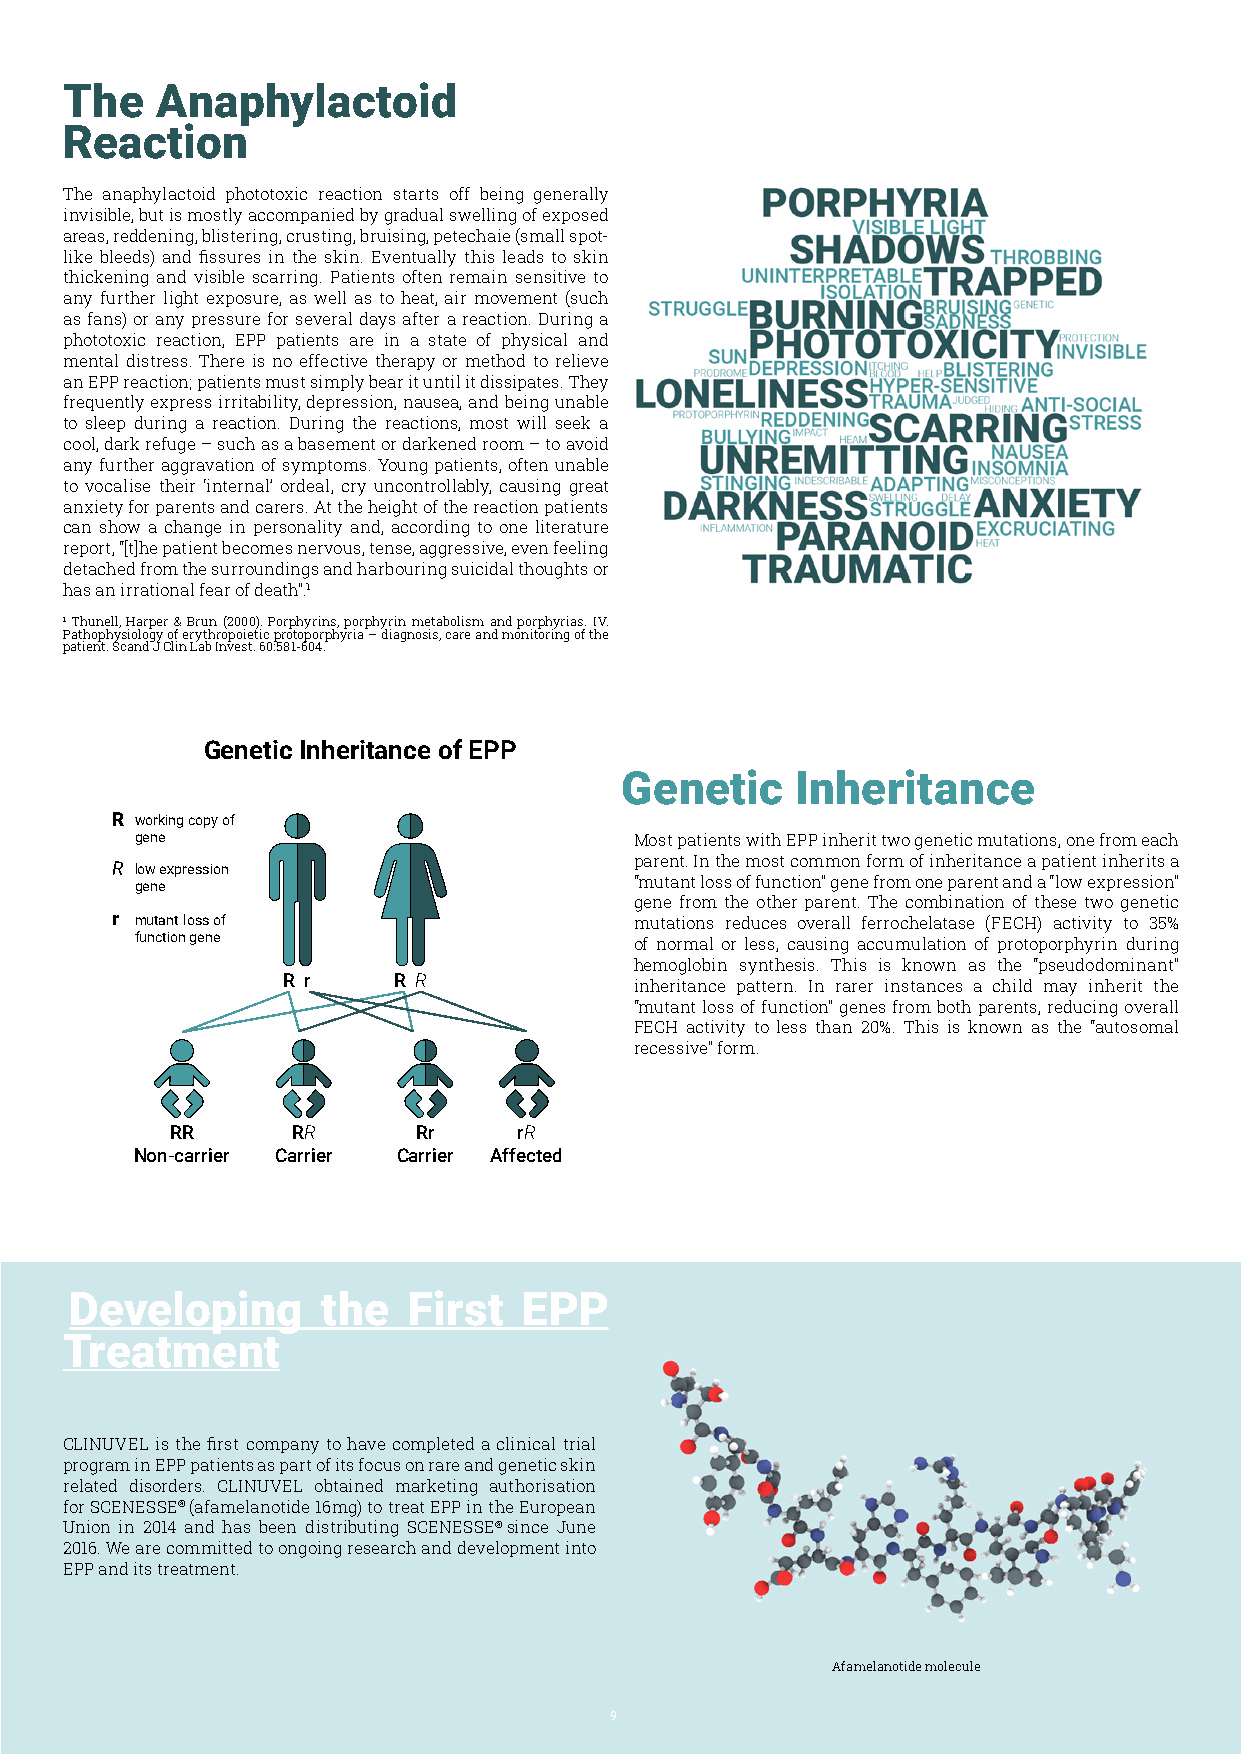
The   Anaphylactoid
 Reaction
 The anaphylactoid phototoxic reaction starts off being generally
 invisible, but is mostly accompanied by gradual swelling of exposed
 areas, reddening, blistering, crusting, bruising, petechaie (small spot-
 like bleeds) and fissures in the skin. Eventually this leads to skin
 thickening and visible scarring. Patients often remain sensitive to
 any further light exposure, as well as to heat, air movement (such
 as fans) or any pressure for several days after a reaction. During a
 phototoxic reaction, EPP patients are in a state of physical and
 mental distress. There is no effective therapy or method to relieve
 an EPP reaction; patients must simply bear it until it dissipates. They
 frequently express irritability, depression, nausea, and being unable
 to sleep during a reaction. During the reactions, most will seek a
 cool, dark refuge – such as a basement or darkened room – to avoid
 any further aggravation of symptoms. Young patients, often unable
 to vocalise their ‘internal’ ordeal, cry uncontrollably, causing great
 anxiety for parents and carers. At the height of the reaction patients
 can show a change in personality and, according to one literature
 report, “[t]he patient becomes nervous, tense, aggressive, even feeling
 detached from the surroundings and harbouring suicidal thoughts or
 has an irrational fear of death”.1
 1 Thunell, Harper & Brun (2000). Porphyrins, porphyrin metabolism and porphyrias. IV.
 Pathophysiology of erythropoietic protoporphyria – diagnosis, care and monitoring of the
 patient. Scand J Clin Lab Invest. 60:581-604.
 Genetic Inheritance of EPP
 Genetic     Inheritance
 R working copy of
 gene                             Most patients with EPP inherit two genetic mutations, one from each
 parent. In the most common form of inheritance a patient inherits a
 R low expression
 gene                             “mutant loss of function” gene from one parent and a “low expression”
 gene from the other parent. The combination of these two genetic
 r mutant loss of                   mutations reduces overall ferrochelatase (FECH) activity to 35%
 function gene                    of normal or less, causing accumulation of protoporphyrin during
 hemoglobin synthesis. This is known as the “pseudodominant”
 r r    r R             inheritance pattern. In rarer instances a child may inherit the
 “mutant loss of function” genes from both parents, reducing overall
 FECH activity to less than 20%. This is known as the “autosomal
 recessive” form.
 rr      rR       rr    rR
 Non-carrier Carrier Carrier affected
 Developing      the   First   EPP
 Treatment
 CLINUVEL is the first company to have completed a clinical trial
 program in EPP patients as part of its focus on rare and genetic skin
 related disorders. CLINUVEL obtained marketing authorisation
 for SCENESSE® (afamelanotide 16mg) to treat EPP in the European
 Union in 2014 and has been distributing SCENESSE® since June
 2016. We are committed to ongoing research and development into
 EPP and its treatment.
 Afamelanotide molecule
 9